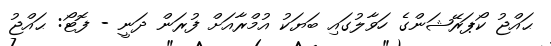
ޙައްޖު ކޯޕަރޭޝަންގެ ހަވާލުގައި ބަޔަކު އުމްރާއަށް ފުރަން ދަނީ - ފޮޓޯ: ޙައްޖު